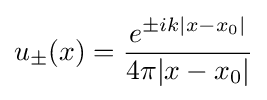
u_{\pm }(x)={\frac {e^{\pm ik|x-x_{0}|}}{4\pi |x-x_{0}|}}